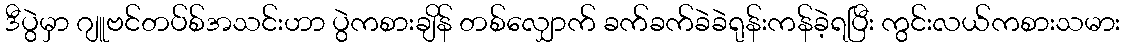
ဒီပွဲမှာ ဂျူဗင်တပ်စ်အသင်းဟာ ပွဲကစားချိန် တစ်လျှောက် ခက်ခက်ခဲခဲရုန်းကန်ခဲ့ရပြီး ကွင်းလယ်ကစားသမား